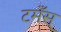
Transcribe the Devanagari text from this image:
टमँस्